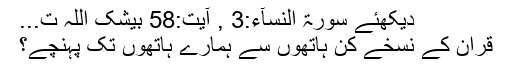
دیکھئے سورۃ النسآء:3 , آیت:58 بیشک اللہ ت...
قران کے نسخے کن ہاتھوں سے ہمارے ہاتھوں تک پہنچے؟